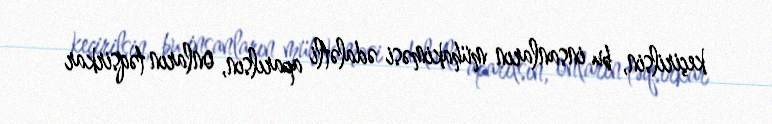
keçirilsin, bu insanların mühakiməsi ədalətli aparılsın, onların təqsirkar